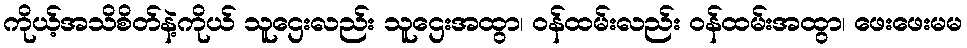
ကိုယ့်အသိစိတ်နဲ့ကိုယ် သူဌေးလည်း သူဌေးအထွာ၊ ဝန်ထမ်းလည်း ဝန်ထမ်းအထွာ၊ ဖေးဖေးမမ